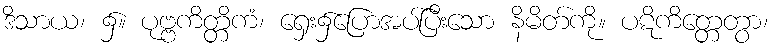
ဒိသာယ၊ ၌။ ပုဗ္ဗကိတ္တိကံ၊ ရှေး၌ပြောအပ်ပြီးသော နိမိတ်ကို။ ပဋိကိတ္တေတွာ၊